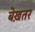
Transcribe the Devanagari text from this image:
बेख़तर